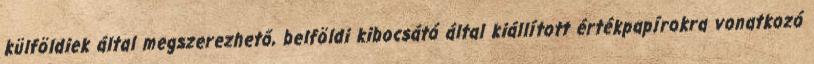
külföldiek által megszerezhető, belföldi kibocsátó által kiállított értékpapírokra vonatkozó